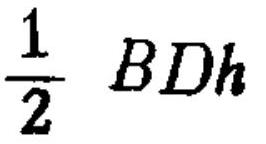
$\frac{1}{2} \ BDh$